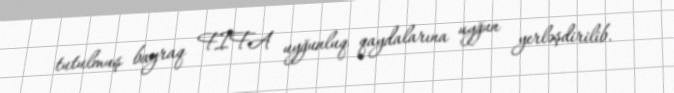
tutulmuş bayraq FIFA uyğunluq qaydalarına uyğun yerləşdirilib.